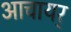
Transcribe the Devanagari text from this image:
आचायर्